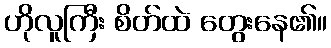
ဟိုလူကြီး စိတ်ထဲ တွေးနေ၏။